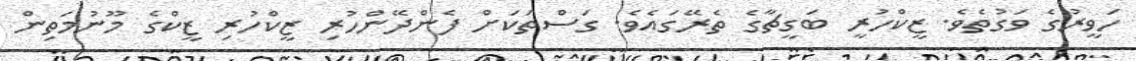
ހަވީރުގެ ވަގުތެވެ. ޒީކްހުރީ ބަގީޗާގެ ތެރޭގައެވެ. ގަސްތަކަށް ފެންދޭންހުރި ޒީކްހުރި ޒީކްގެ މޫނުމަތިން